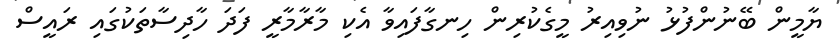
ޔާމީން ބޭނުންފުޅު ނުވިއިރު މީގެކުރިން ހިނގާފައިވާ އެކި މާރާމާރީ ފަދަ ހާދިސާތަކުގައި ރައީސް